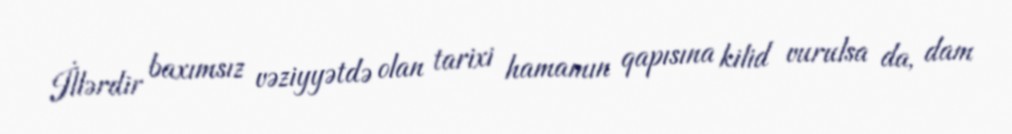
İllərdir baxımsız vəziyyətdə olan tarixi hamamın qapısına kilid vurulsa da, dam